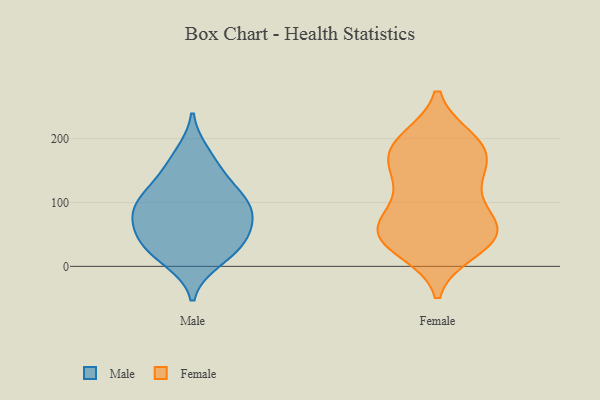
{"axis": {"x": "Budget (USD K)", "y": "Value"}, "legend": ["Female", "Male"], "data": [{"x": "", "y": 10, "type": "Male"}, {"x": "", "y": 176, "type": "Male"}, {"x": "", "y": 22, "type": "Male"}, {"x": "", "y": 84, "type": "Male"}, {"x": "", "y": 107, "type": "Male"}, {"x": "", "y": 125, "type": "Male"}, {"x": "", "y": 88, "type": "Male"}, {"x": "", "y": 40, "type": "Male"}, {"x": "", "y": 73, "type": "Male"}, {"x": "", "y": 100, "type": "Male"}, {"x": "", "y": 36, "type": "Male"}, {"x": "", "y": 55, "type": "Male"}, {"x": "", "y": 151, "type": "Male"}, {"x": "", "y": 58, "type": "Female"}, {"x": "", "y": 199, "type": "Female"}, {"x": "", "y": 198, "type": "Female"}, {"x": "", "y": 197, "type": "Female"}, {"x": "", "y": 169, "type": "Female"}, {"x": "", "y": 67, "type": "Female"}, {"x": "", "y": 122, "type": "Female"}, {"x": "", "y": 175, "type": "Female"}, {"x": "", "y": 25, "type": "Female"}, {"x": "", "y": 73, "type": "Female"}, {"x": "", "y": 98, "type": "Female"}, {"x": "", "y": 136, "type": "Female"}, {"x": "", "y": 42, "type": "Female"}, {"x": "", "y": 172, "type": "Female"}, {"x": "", "y": 53, "type": "Female"}, {"x": "", "y": 50, "type": "Female"}, {"x": "", "y": 51, "type": "Female"}, {"x": "", "y": 153, "type": "Female"}, {"x": "", "y": 28, "type": "Female"}]}